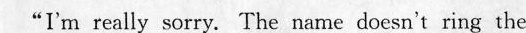
"I'm really sorry.The name don't ring the